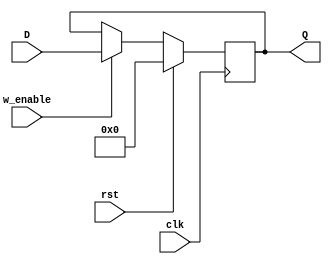
module Register #(parameter W=16, RST=0)(clk, rst, w_enable, D, Q);
    input clk;
    input rst;
    input w_enable;
    input [W-1:0] D;
    output reg[W-1:0] Q;


    always @(posedge clk) begin
        if (rst) Q = RST; 
        else if(w_enable) Q = D;
    end
endmodule 

module Buffer #(parameter W=16)(clk, rst, w_enable, D, Q);
    input clk;
    input rst;
    input w_enable;
    input [W-1:0] D;
    output reg[W-1:0] Q;


    always @(posedge clk) begin
        if (rst) Q = 0; 
        else if(w_enable) Q = D;
    end
endmodule

module Register_neg #(parameter W=16, RST=0)(clk, rst, w_enable, D, Q);
    input clk;
    input rst;
    input w_enable;
    input [W-1:0] D;
    output reg[W-1:0] Q;


    always @(negedge clk) begin
        if (rst) Q = RST; 
        else if(w_enable) Q = D;
    end
endmodule